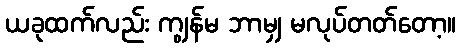
ယခုထက်လည်း ကျွန်မ ဘာမျှ မလုပ်တတ်တော့။